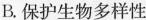
B.保护生物多样性